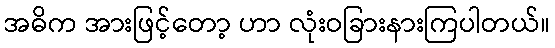
အဓိက အားဖြင့်တော့ ဟာ လုံးဝခြားနားကြပါတယ်။